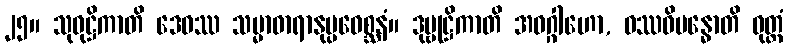
၂၅။ သုဝုဋ္ဌိကာတိ ဒေဝဿ သမ္မာဓာရာနုပ္ပဝေစ္ဆနံ။ ဒုဗ္ဗုဋ္ဌိကာတိ အဝဂ္ဂါဟော, ဝဿဝိဗန္ဓောတိ ဝုတ္တံ